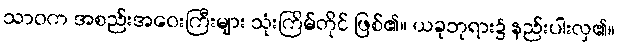
သာဝက အစည်းအဝေးကြီးများ သုံးကြိမ်တိုင် ဖြစ်၏။ ယခုဘုရား၌ နည်းပါးလှ၏။